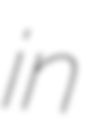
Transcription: in